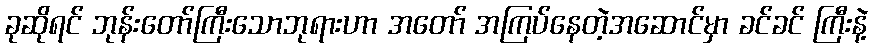
ခုဆိုရင် ဘုန်းတော်ကြီးသောဘုရားဟာ အတော် အကြပ်နေတဲ့အဆောင်မှာ ခင်ခင် ကြီးနဲ့